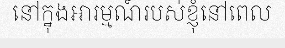
នៅក្នុងអារម្មណ៍របស់ខ្ញុំនៅពេល